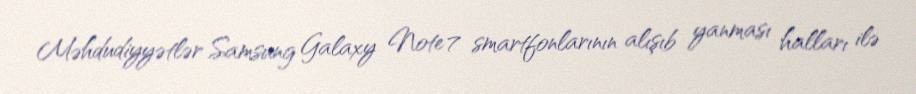
Məhdudiyyətlər Samsung Galaxy Note 7 smartfonlarının alışıb yanması halları ilə